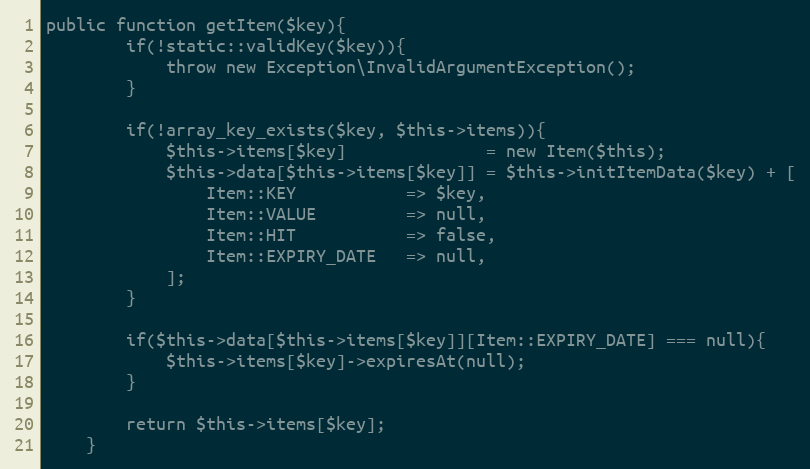
Language: PHP
public function getItem($key){
        if(!static::validKey($key)){
            throw new Exception\InvalidArgumentException();
        }

        if(!array_key_exists($key, $this->items)){
            $this->items[$key]              = new Item($this);
            $this->data[$this->items[$key]] = $this->initItemData($key) + [
                Item::KEY           => $key,
                Item::VALUE         => null,
                Item::HIT           => false,
                Item::EXPIRY_DATE   => null,
            ];
        }

        if($this->data[$this->items[$key]][Item::EXPIRY_DATE] === null){
            $this->items[$key]->expiresAt(null);
        }

        return $this->items[$key];
    }